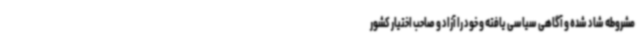
مشروطه شاد شده و آگاهی سیاسی یافته و خود را آزاد و صاحب اختیار کشور